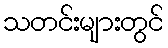
သတင်းများတွင်